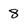
Character: 8